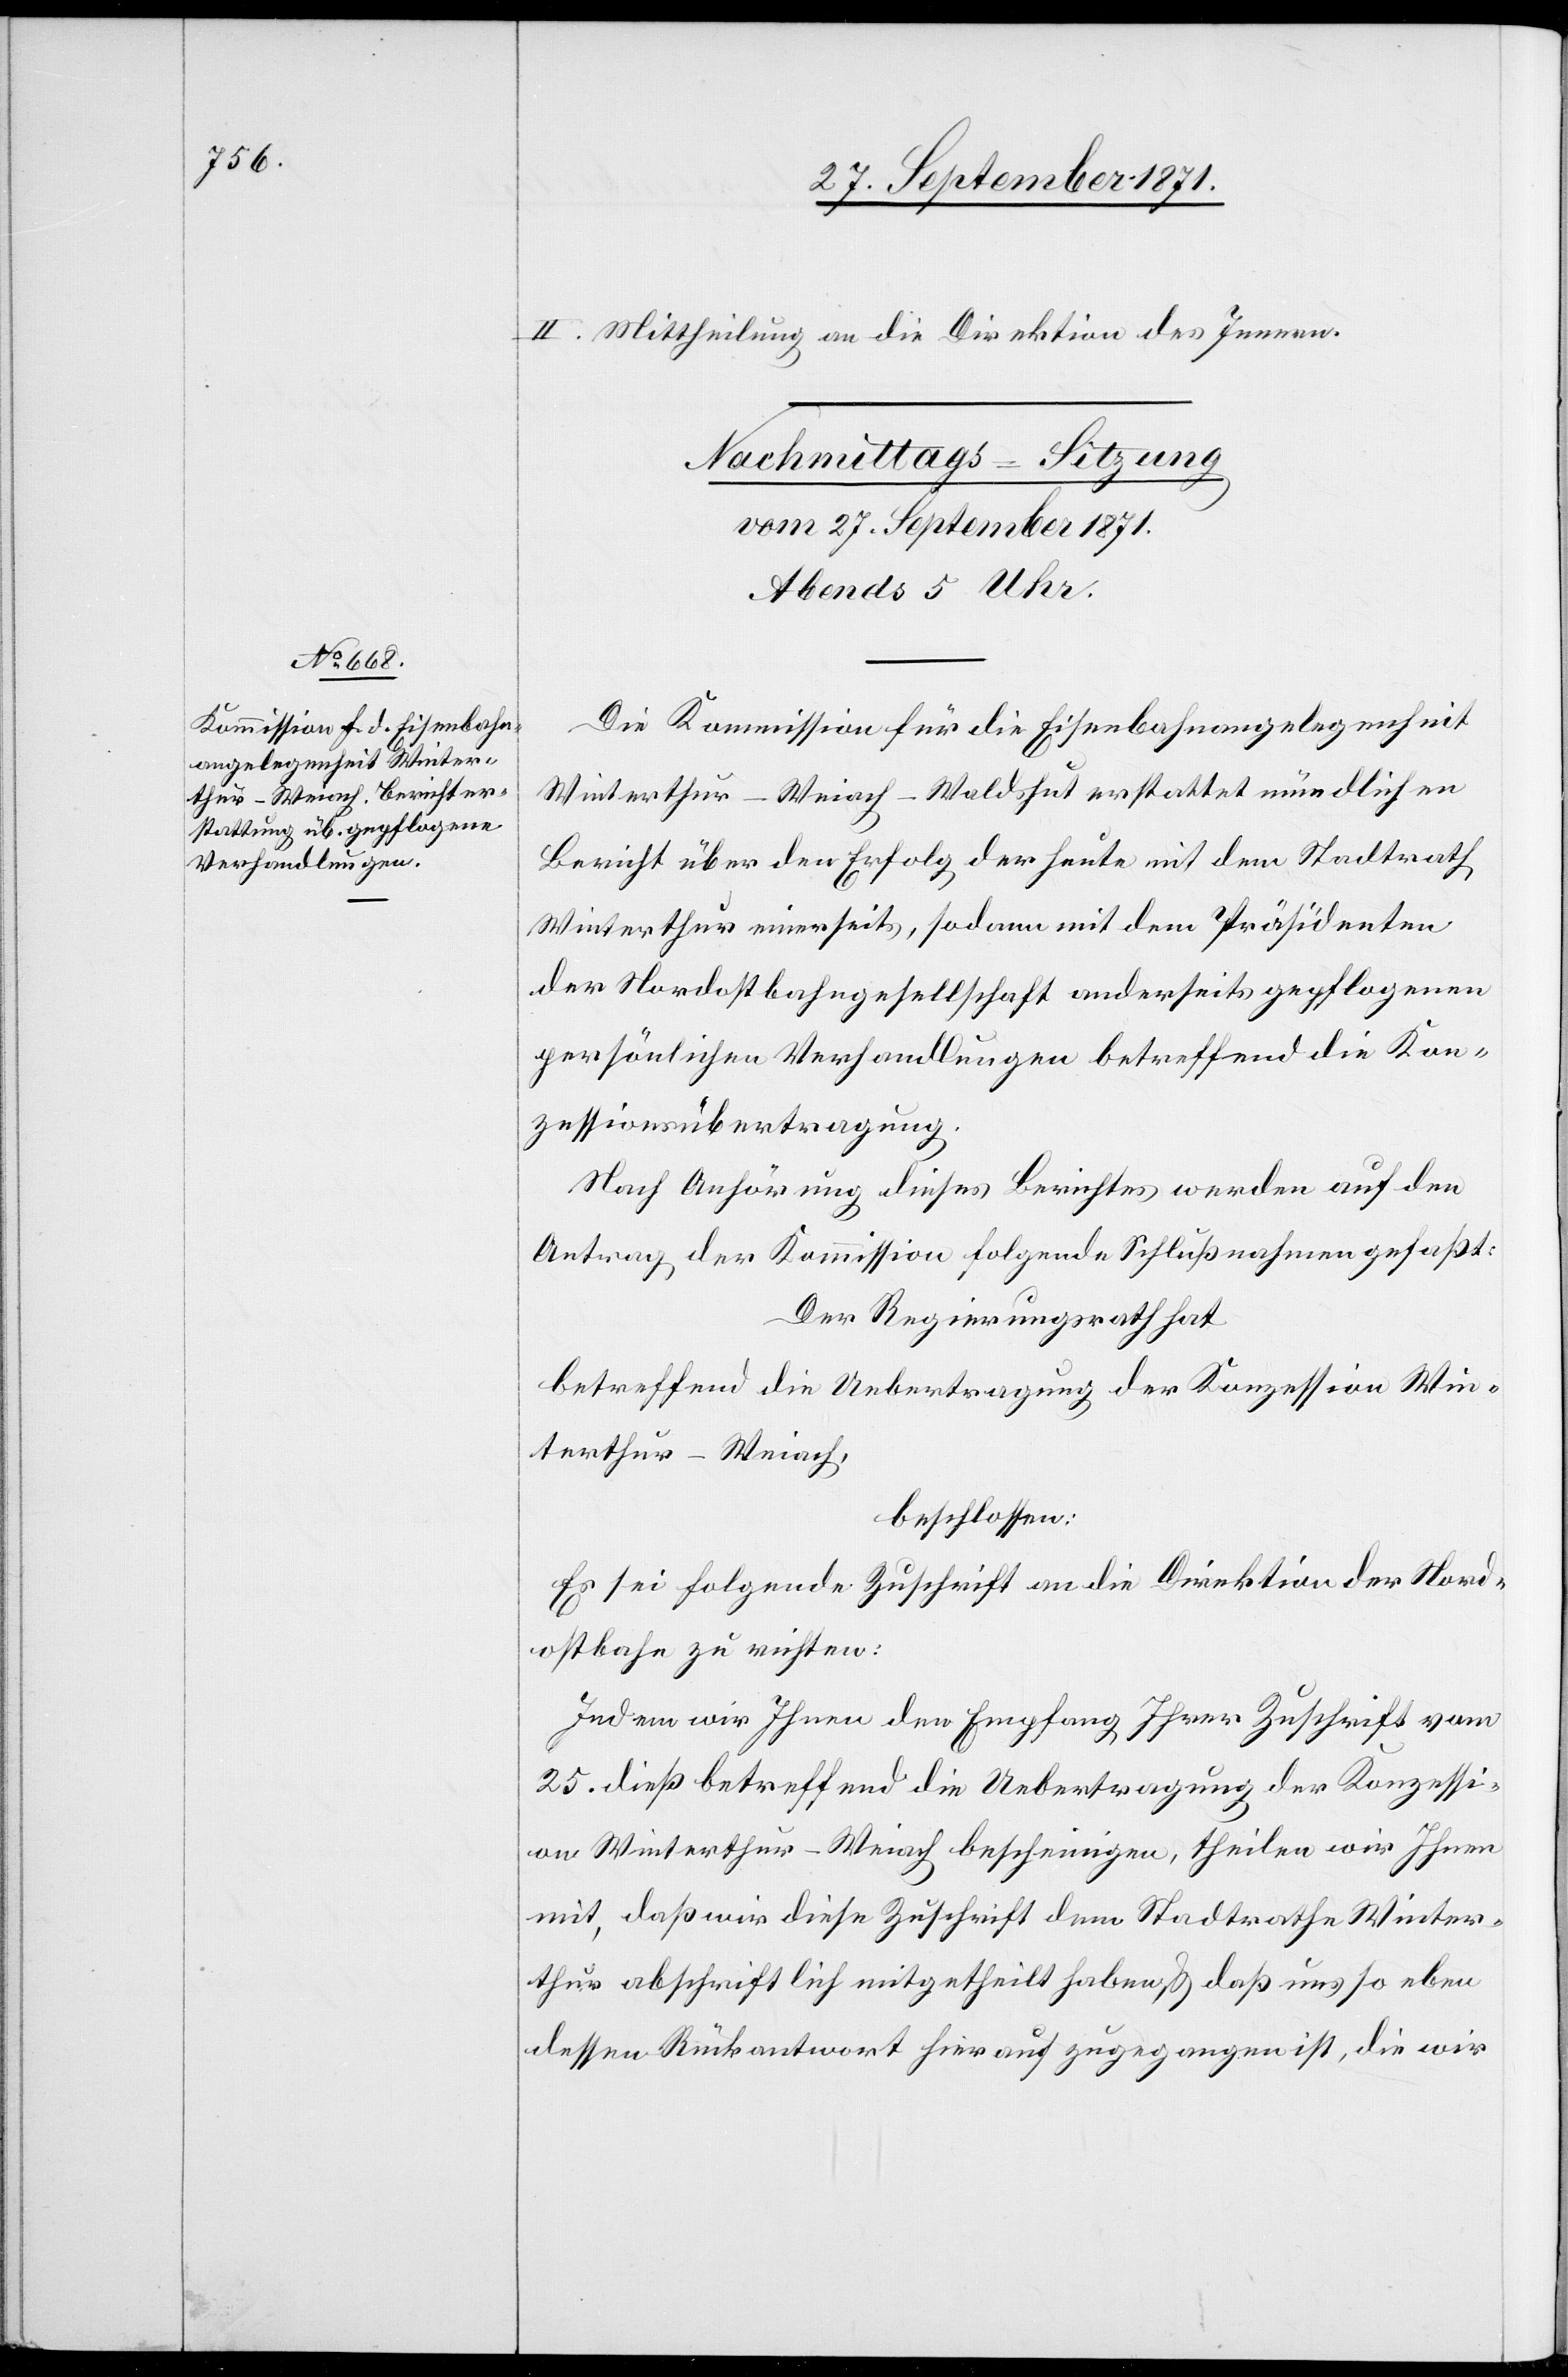
II. Mittheilung an die Direktion des Innern.
Die Kommission für die Eisenbahnangelegenheit
Winterthur–Weiach–Waldshut erstattet mündlichen
Bericht über den Erfolg der heute mit dem Stadtrath
Winterthur einerseits, sodann mit dem Präsidenten
der Nordostbahngesellschaft andererseits gepflogenen
persönlichen Verhandlungen betreffend die Kon¬
zessionsübertragung.
Nach Anhörung dieses Berichtes werden auf den
Antrag der Kommission folgende Schlußnahmen gefaßt:
Der Regierungsrath hat
betreffend die Uebertragung der Konzession Win¬
terthur–Weiach,
beschlossen:
Es sei folgende Zuschrift an die Direktion der Nord¬
ostbahn zu richten:
Indem wir Ihnen den Empfang Ihrer Zuschrift vom
25. dieß betreffend die Uebertragung der Konzessi¬
on Winterthur–Weiach bescheinigen, theilen wir Ihnen
mit, daß wir diese Zuschrift dem Stadtrathe Winter¬
thur abschriftlich mitgetheilt haben, & daß uns so eben
dessen Rückantwort hierauf zugegangen ist, die wir